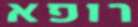
רופא